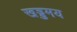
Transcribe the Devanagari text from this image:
खड्डमय